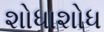
શોધાશોધ